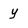
Character: y